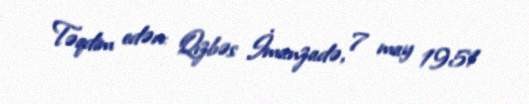
Təqdim edən: Qızbəs İmanzadə, 7 may 1951